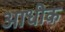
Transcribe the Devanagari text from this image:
आधीक